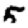
Digit: 5